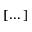
[ \dots ]